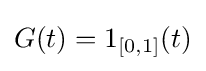
G(t)=1_{[0,1]}(t)